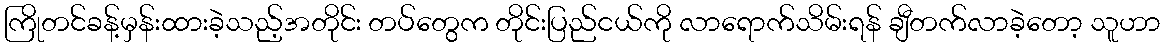
ကြိုတင်ခန့်မှန်းထားခဲ့သည့်အတိုင်း တပ်တွေက တိုင်းပြည်ငယ်ကို လာရောက်သိမ်းရန် ချီတက်လာခဲ့တော့ သူဟာ